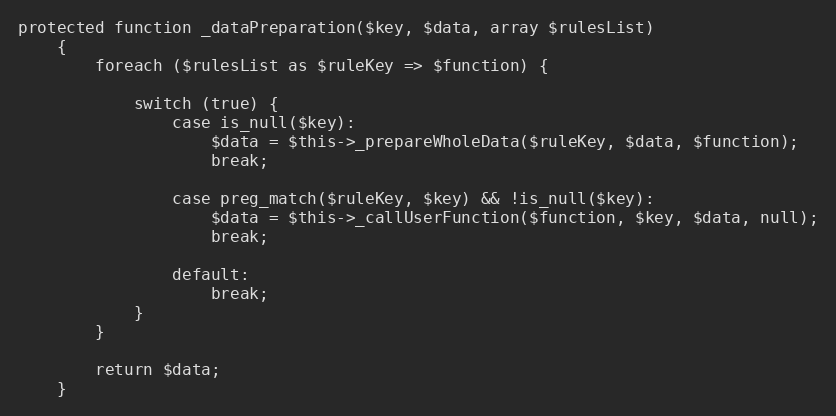
Language: PHP
protected function _dataPreparation($key, $data, array $rulesList)
    {
        foreach ($rulesList as $ruleKey => $function) {

            switch (true) {
                case is_null($key):
                    $data = $this->_prepareWholeData($ruleKey, $data, $function);
                    break;

                case preg_match($ruleKey, $key) && !is_null($key):
                    $data = $this->_callUserFunction($function, $key, $data, null);
                    break;

                default:
                    break;
            }
        }

        return $data;
    }